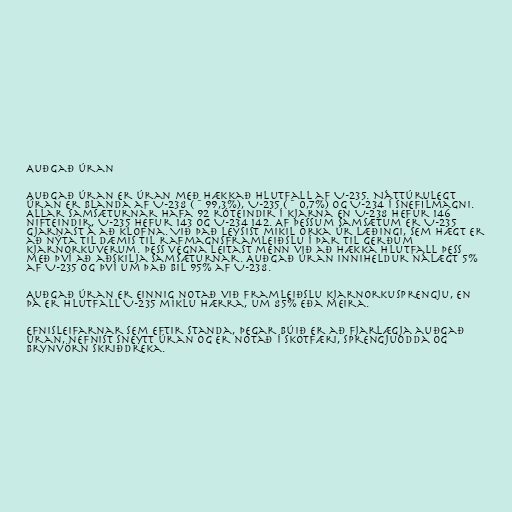
Auðgað úran

Auðgað úran er úran með hækkað hlutfall af U-235. Náttúrulegt
úran er blanda af U-238 (~99,3%), U-235 (~0,7%) og U-234 í snefilmagni.
Allar samsæturnar hafa 92 róteindir í kjarna en U-238 hefur 146
nifteindir, U-235 hefur 143 og U-234 142. Af þessum samsætum er U-235
gjarnast á að klofna. Við það leysist mikil orka úr læðingi, sem hægt er
að nýta til dæmis til rafmagnsframleiðslu í þar til gerðum
kjarnorkuverum. Þess vegna leitast menn við að hækka hlutfall þess
með því að aðskilja samsæturnar. Auðgað úran inniheldur nálægt 5%
af U-235 og því um það bil 95% af U-238.

Auðgað úran er einnig notað við framleiðslu kjarnorkusprengju, en
þá er hlutfall U-235 miklu hærra, um 85% eða meira.

Efnisleifarnar sem eftir standa, þegar búið er að fjarlægja auðgað
úran, nefnist sneytt úran og er notað í skotfæri, sprengjuodda og
brynvörn skriðdreka.